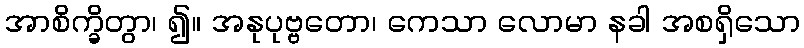
အာစိက္ခိတွာ၊ ၍။ အနုပုဗ္ဗတော၊ ကေသာ လောမာ နခါ အစရှိသော